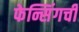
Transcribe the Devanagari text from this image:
फेन्सिंगची